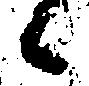
候